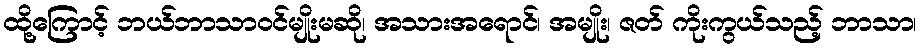
ထို့ကြောင့် ဘယ်ဘာသာဝင်မျိုးမဆို၊ အသားအရောင်၊ အမျိုး၊ ဇတ် ကိုးကွယ်သည့် ဘာသာ၊